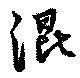
混